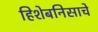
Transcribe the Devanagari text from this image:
हिशेबनिसाचे